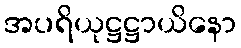
အပရိယုဋ္ဌဋ္ဌာယိနော